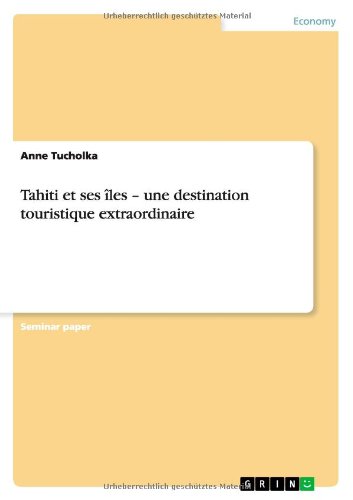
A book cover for Tahiti Et Ses Iles - Une Destination Touristique Extraordinaire (French Edition); Anne Tucholka; Travel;